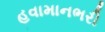
હવામાનભરી